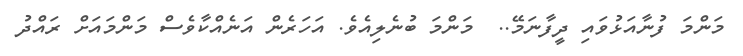
މަންމަ ފުނާއަޅުވައި ދީފާނަމޭ..  މަންމަ ބުނެލިއެވެ. އަހަރެން އަނެއްކާވެސް މަންމައަށް ރައްދު